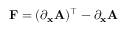
\mathbf { F } = ( \partial _ { \mathbf { x } } \mathbf { A } ) ^ { \top } - \partial _ { \mathbf { x } } \mathbf { A }